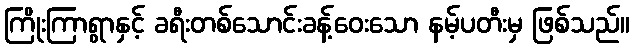
ကြိုးကြာရွာနှင့် ခရီးတစ်သောင်းခန့်ဝေးသော နမ့်ပတီးမှ ဖြစ်သည်။